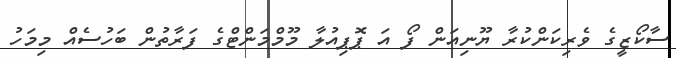
ސާކޯޒީގެ ވެރިކަންކުރާ ޔޫނިއަން ފޯ އަ ޕޮޕިއުލާ މޫމްމަންޓްގެ ފަރާތުން ބަހުސެއް މިމަހު